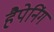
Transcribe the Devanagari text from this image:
हैपेनिंग